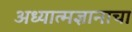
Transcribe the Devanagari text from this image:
अध्यात्मज्ञानाचा